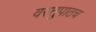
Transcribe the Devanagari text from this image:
वस्तुपाठच